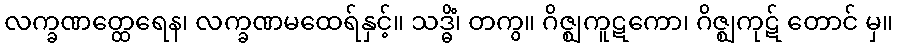
လက္ခဏတ္ထေရေန၊ လက္ခဏမထေရ်နှင့်။ သဒ္ဓိံ၊ တကွ။ ဂိဇ္ဈကူဋကော၊ ဂိဇ္ဈကုဋ် တောင် မှ။